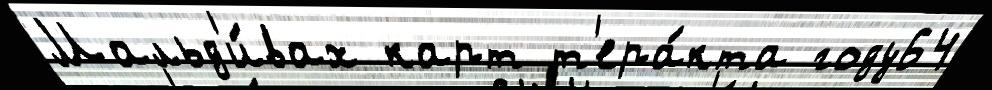
Мальд'и́вах карт т'ера́кта году64